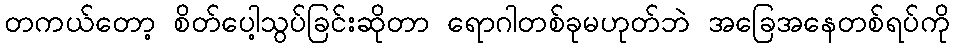
တကယ်တော့ စိတ်ပေါ့သွပ်ခြင်းဆိုတာ ရောဂါတစ်ခုမဟုတ်ဘဲ အခြေအနေတစ်ရပ်ကို